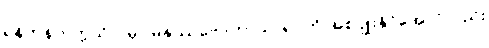
ရန်ကုန်တက္ကသိုလ်မှာ မနုဿဗေဒဘာသာရပ်ကို အစပျိုးနိုင်အောင်လည်း